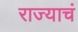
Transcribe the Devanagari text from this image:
राज्याचं